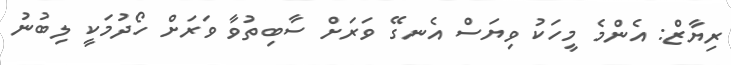
ރިޔާޒް: އެންމެ މީހަކު ވިޔަސް އެނގޭ ވަރަށް ސާބިތުވާ ވަރަށް ހޯދުމަކީ ލިބުނު